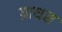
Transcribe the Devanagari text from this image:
ग्राथस